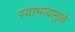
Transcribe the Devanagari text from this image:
स्वाभावामुळे